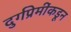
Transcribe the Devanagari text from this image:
दुर्गप्रेमींकडून